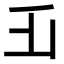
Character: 𠂜